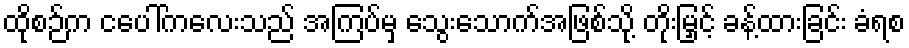
ထိုစဉ်က ငပေါ်ကလေးသည် အကြပ်မှ သွေးသောက်အဖြစ်သို့ တိုးမြှင့် ခန့်ထားခြင်း ခံရစ